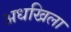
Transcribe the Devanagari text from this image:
अधखिला